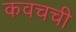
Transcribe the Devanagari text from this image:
कवचची